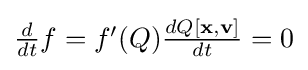
{\textstyle {d \over dt}f=f'(Q){dQ[\mathbf {x} ,\mathbf {v} ] \over dt}=0}